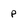
Character: p